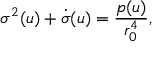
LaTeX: \sigma ^ { 2 } ( u ) + \dot { \sigma } ( u ) = \frac { p ( u ) } { r _ { 0 } ^ { 4 } } ,